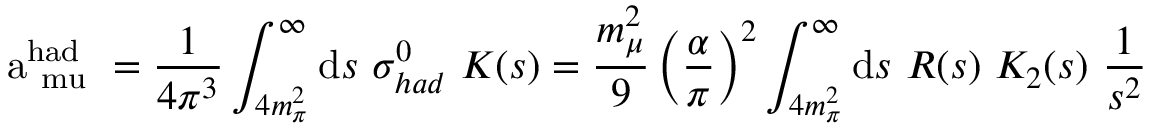
\mathrm { ~ a _ { \ m u } ^ { h a d } ~ } = { \frac { 1 } { 4 \pi ^ { 3 } } } \int _ { 4 m _ { \pi } ^ { 2 } } ^ { \infty } \mathrm { d } s \ \sigma _ { h a d } ^ { 0 } \ K ( s ) = { \frac { m _ { \mu } ^ { 2 } } { 9 } } \left( \frac { \alpha } { \pi } \right) ^ { 2 } \int _ { 4 m _ { \pi } ^ { 2 } } ^ { \infty } \mathrm { d } s \ R ( s ) \ K _ { 2 } ( s ) \ { \frac { 1 } { s ^ { 2 } } }